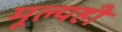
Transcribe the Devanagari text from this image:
मूल्यही